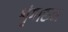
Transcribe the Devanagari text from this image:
शृंगारून